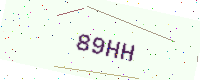
Text: 89HH